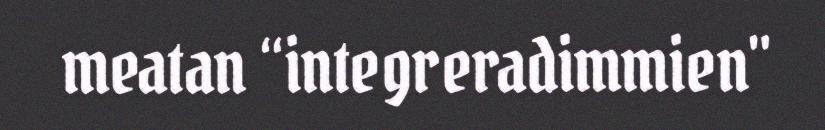
meatan “integreradimmien"